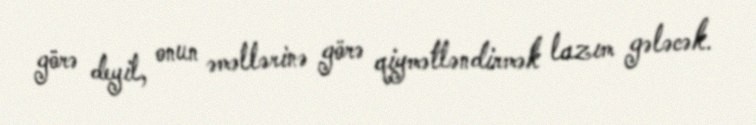
görə deyil, onun əməllərinə görə qiymətləndirmək lazım gələcək.